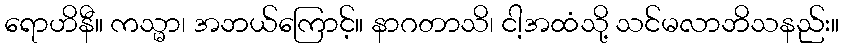
ရောဟိနီ။ ကသ္မာ၊ အဘယ်ကြောင့်။ နာဂတာသိ၊ ငါ့အထံသို့ သင်မလာဘိသနည်း။